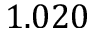
1 . 0 2 0